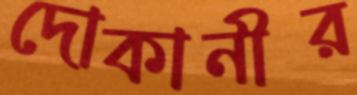
দোকানীর